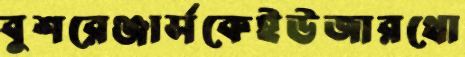
বুশরেঞ্জার্সকেইউজারথো